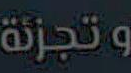
وتجزئة